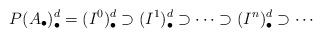
LaTeX: \begin{align*}P(A_{\bullet})_{\bullet}^{d} = (I^0)^{d}_{\bullet} \supset(I^1)^d_{\bullet} \supset\cdots \supset (I^n)^d_{\bullet} \supset \cdots\end{align*}